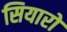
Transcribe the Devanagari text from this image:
सियारों